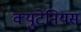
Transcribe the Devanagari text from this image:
क्युटेनियस